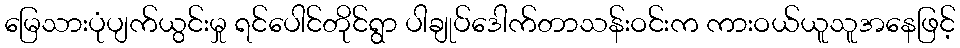
မြေသားပုံပျက်ယွင်းမှု ရင်ပေါင်တိုင်ရွာ ပါချုပ်ဒေါက်တာသန်းဝင်းက ကားဝယ်ယူသူအနေဖြင့်